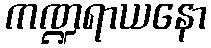
ကဏ္ဍရာယနော